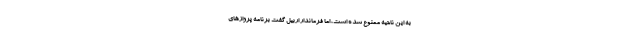
به این ناحیه ممنوع شده است، اما فرماندار اربیل گفت برنامه پروازهای